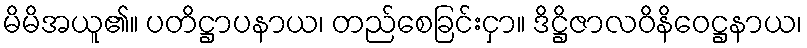
မိမိအယူ၏။ ပတိဋ္ဌာပနာယ၊ တည်စေခြင်းငှာ။ ဒိဋ္ဌိဇာလဝိနိဝေဋ္ဌနာယ၊